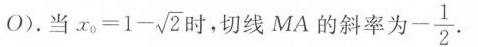
O)。当 $$x _ { 0 } = 1 - \surd 2$$ 时，切线MA的斜率为 - \frac{1}{2}.